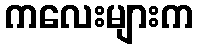
ကလေးများက